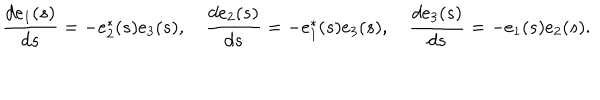
LaTeX: { \frac { d { e } _ { 1 } ( s ) } { d s } } = - { e } _ { 2 } ^ { * } ( s ) e _ { 3 } ( s ) , \quad { \frac { d { e } _ { 2 } ( s ) } { d s } } = - { e } _ { 1 } ^ { * } ( s ) { e } _ { 3 } ( s ) , \quad { \frac { d { e } _ { 3 } ( s ) } { d s } } = - { e } _ { 1 } ( s ) e _ { 2 } ( s ) .